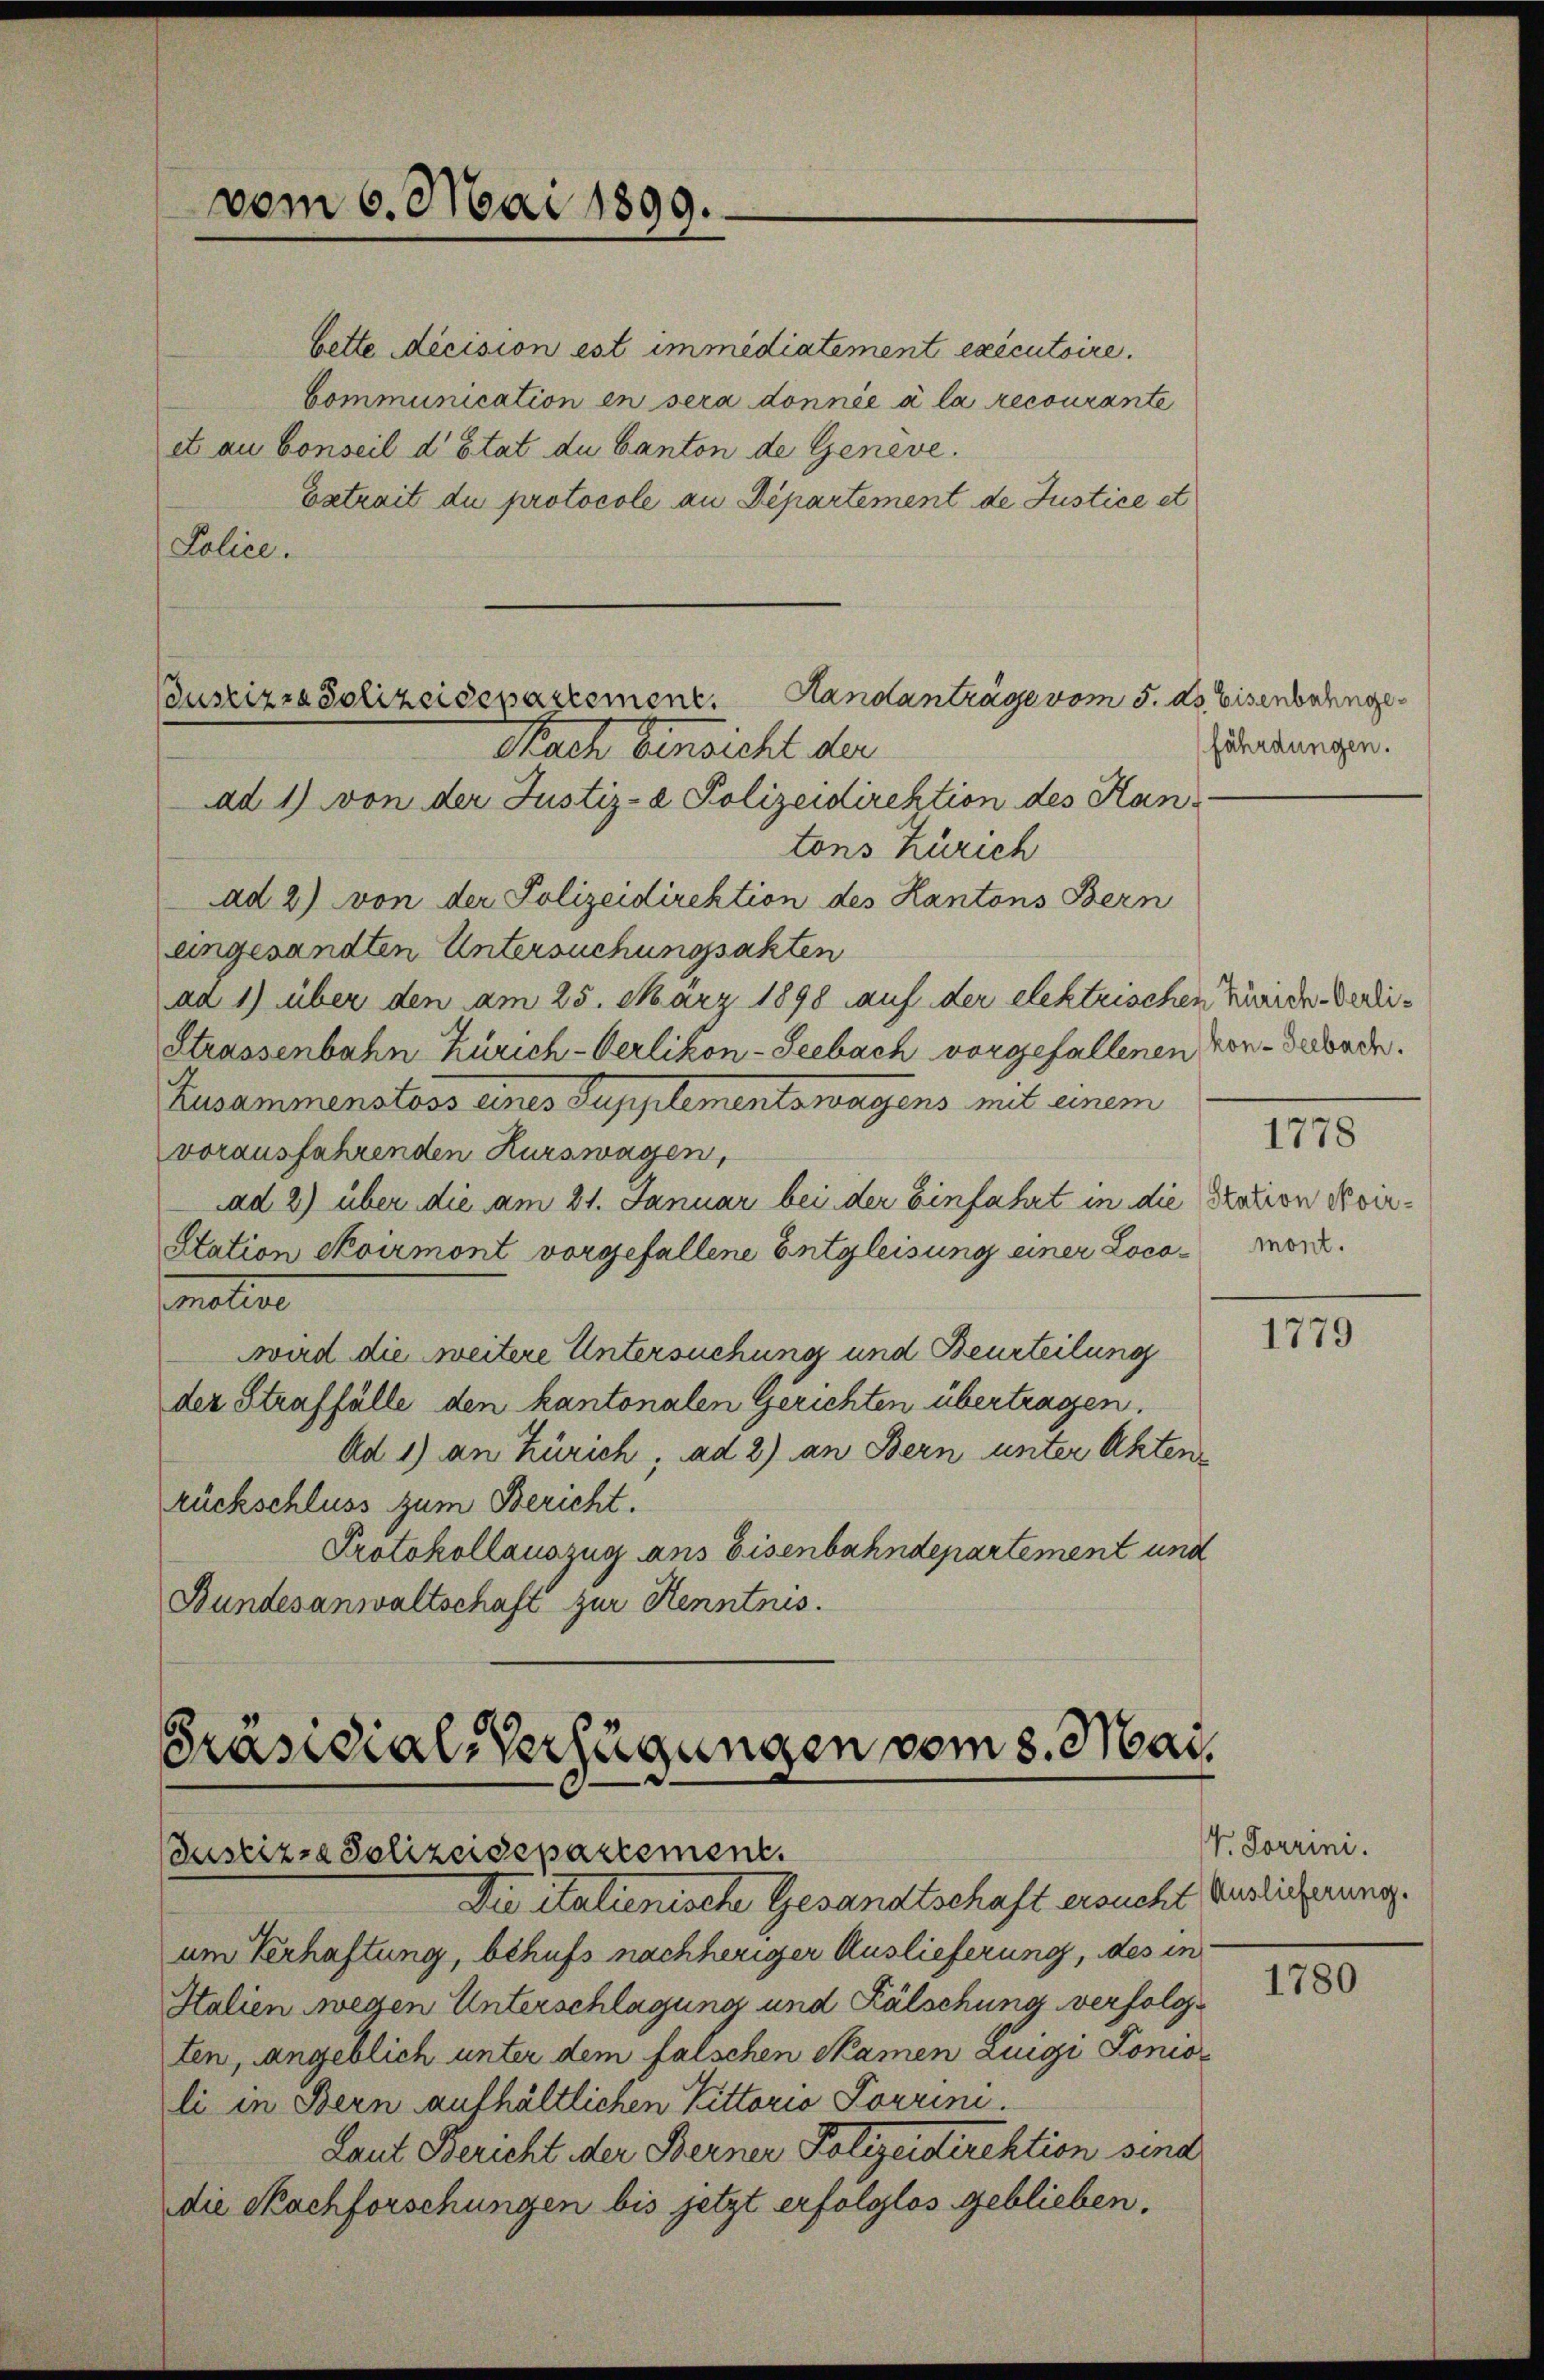
vom 6. Mai 1899.

bette décision est immédiatement executoire.
Communication en sera donnée à la recourante
et au Conseil d’Etat du Canton de Geneve.
Extrait du protocole an Departement de Justice et
Police.

Handanträge vom 5. ds. Eisenbahnge
Justizza Polizeidepartement.
Nach Einsicht der
ad 1) von der Justiz- & Polizeidirektion des Kan¬

tons Zürich
ad 2) von der Polizeidirektion des Kantons Bern
eingesandten Untersuchungsakten
ad 1) über den am 25. März 1898 auf der elektrischen Zürich-Verdi¬
Strassenbahn Zürich-Oerlikon-Seebach vorgefallenen kon-Seebache.
Zusammenstoss eines Supplementswagens mit einem
vorausfahrenden Kurswagen,
ad 2) über die am 21. Januar bei der Einfahrt in die tration Koir¬
Station ekoirmont vorgefallene Entgleisung einer Locamnative
wird die weitere Untersuchung und Beurteilung
der Straffälle den kantonalen Gerichten übertragen.
Ad 1) an Zürich, ad 2) an Bern unter Akten
rückschluss zum Bericht.
Protokollauszug ans Eisenbahndepartement und
Bundesanwaltschaft zur Kenntnis.

Präsidial-Verfügungen vom 8. Mai.
ustiz- & Polizeidepartement.
Die italienische Gesandtschaft ersucht Endlicherung.

um Verhaftung, behufs nachheriger Auslieferung, des in
Italien wegen Unterschlagung und Fälschung verfolgten, angeblich unter dem falschen Namen Zingi Ponioli in Bern aufhältlichen Kittorio Porrini.
Laut Bericht der Berner Polizeidirektion send
die Nachforschungen bis jetzt erfolglos geblieben.

fährdungen.

mont.

1778

1779

V. Jorrini.

1780